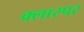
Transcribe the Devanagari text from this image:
क्लास्पर